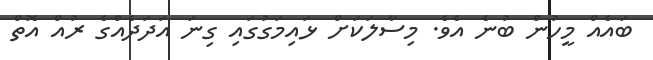
ބައެއް މީހުން ބުނެ އެވެ. މިސާލަކަށް ޅައިމަގުގައި ގިނަ އަދަދެއްގެ ރުއް އޮތް